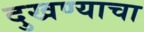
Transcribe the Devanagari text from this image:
दुखण्याचा